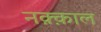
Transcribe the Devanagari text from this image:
नक़्क़ाल